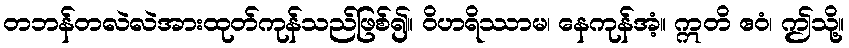
တဘန်တလဲလဲအားထုတ်ကုန်သည်ဖြစ်၍။ ဝိဟရိဿာမ၊ နေကုန်အံ့။ ဣတိ ဧဝံ၊ ဤသို့။